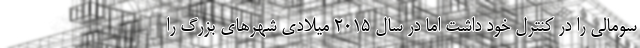
سومالی را در کنترل خود داشت اما در سال ۲۰۱۵ میلادی شهرهای بزرگ را